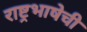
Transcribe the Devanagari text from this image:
राष्ट्रभाषेची